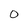
Character: O